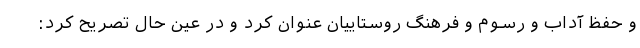
و حفظ آداب و رسوم و فرهنگ روستاییان عنوان کرد و در عین حال تصریح کرد: